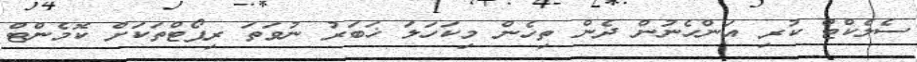
ސެލެކްޓް ކުރި އަންހެނުން ދެން ތިހެން މިކަހަލަ ޚަބަރު ނުވަތަ ރިޕޯޓްތަކަށް ކޮމެންޓް